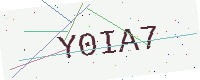
Text: Y0IA7